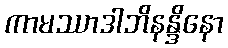
ကာမဿာဒါဘိနန္ဒိနော